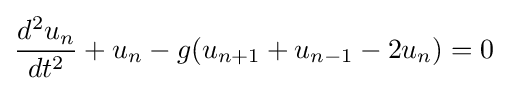
{\frac {d^{2}u_{n}}{dt^{2}}}+u_{n}-g(u_{n+1}+u_{n-1}-2u_{n})=0